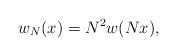
\begin{align*} w_N(x)=N^2 w(Nx), \end{align*}